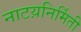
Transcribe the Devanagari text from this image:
नाटय़निर्मिती